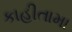
કાહીતામા